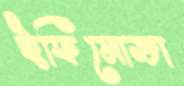
ইফিমোভা